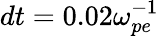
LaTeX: dt=0.02\omega_{pe}^{-1}